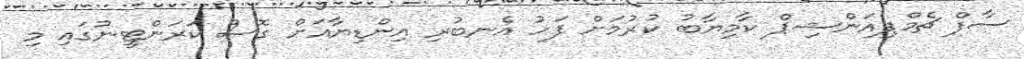
ސާފް ޗެމްޕިއަންޝިޕް ކާމިޔާބު ކުރުމަށް ފަހު އެނބުރި އިންޑިޔާއަށް ގޮސް ކަރަންޓީނުގައި މި